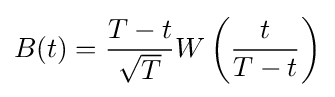
B(t)={\frac {T-t}{\sqrt {T}}}W\left({\frac {t}{T-t}}\right)